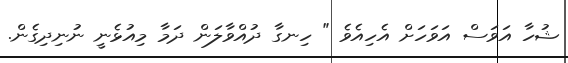
ޝުހާ އަވަސް އަވަހަށް އެހިއެވެ " ހިނގާ ދުއްވާލަން ދަމާ މިއުޅެނީ ނުނިދިގެން.